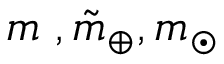
m _ { \rightmoon } , \tilde { m } _ { \oplus } , m _ { \odot }